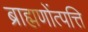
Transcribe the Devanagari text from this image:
ब्राह्मणोंत्पत्ति